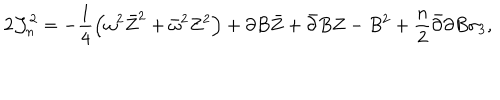
2 { \cal J } _ { n } ^ { 2 } = - \frac 1 4 \left( \omega ^ { 2 } \bar { Z } ^ { 2 } + \bar { \omega } ^ { 2 } Z ^ { 2 } \right) + \partial B \bar { Z } + \bar { \partial } B Z - B ^ { 2 } + \frac n 2 \bar { \partial } \partial B \sigma _ { 3 } ,